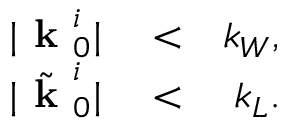
\begin{array} { r l r } { | \textbf { k } _ { 0 } ^ { i } | } & { { } < } & { k _ { W } , } \\ { | \tilde { \textbf { k } } _ { 0 } ^ { i } | } & { { } < } & { k _ { L } . } \end{array}